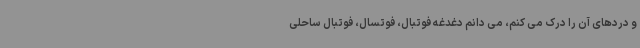
و دردهای آن را درک می کنم، می دانم دغدغه فوتبال، فوتسال، فوتبال ساحلی